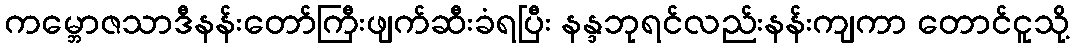
ကမ္ဘောဇသာဒီနန်းတော်ကြီးဖျက်ဆီးခံရပြီး နန္ဒဘုရင်လည်းနန်းကျကာ တောင်ငူသို့